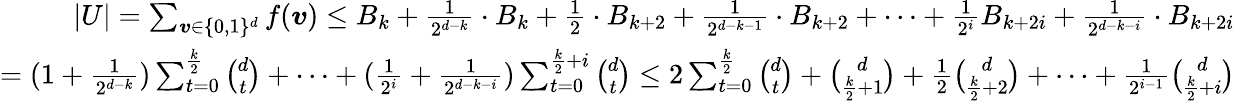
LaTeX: \begin{array}{r}{|U|=\sum_{\boldsymbol{v}\in\{ 0,1\} ^{d}}f(\boldsymbol{v})\le B_{k}+\frac{1}{2^{d-k}}\cdot B_{k}+\frac{1}{2}\cdot B_{k+2}+\frac{1}{2^{d-k-1}}\cdot B_{k+2}+\cdots+\frac{1}{2^{i}}B_{k+2i}+\frac{1}{2^{d-k-i}}\cdot B_{k+2i}}\\ {=(1+\frac{1}{2^{d-k}})\sum_{t=0}^{\frac{k}{2}}\binom{d}{t}+\cdots+(\frac{1}{2^{i}}+\frac{1}{2^{d-k-i}})\sum_{t=0}^{\frac{k}{2}+i}\binom{d}{t}\leq 2\sum_{t=0}^{\frac{k}{2}}\binom{d}{t}+\binom{d}{\frac{k}{2}+1}+\frac{1}{2}\binom{d}{\frac{k}{2}+2}+\cdots+\frac{1}{2^{i-1}}\binom{d}{\frac{k}{2}+i}}\end{array}